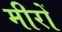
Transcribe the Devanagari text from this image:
मीरों